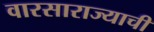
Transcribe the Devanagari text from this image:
वारसाराज्याची